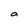
Character: a